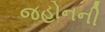
જહોનની